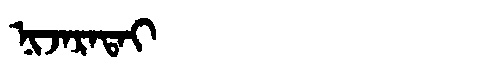
Manchu: ᠨᡳᠵᠠᡵᠠᡨᠠᡳ
Romanization: NIJARATAI